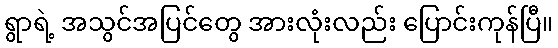
ရွာရဲ့ အသွင်အပြင်တွေ အားလုံးလည်း ပြောင်းကုန်ပြီ။